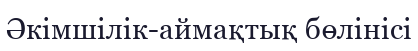
Әкімшілік-аймақтық бөлінісі